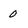
Character: 0